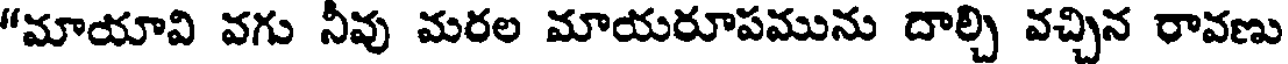
"మాయావి వగు నీవు మరల మాయరూపమును దాల్చి వచ్చిన రావణు